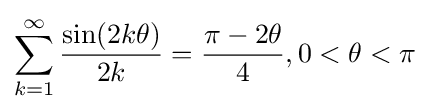
\sum _{k=1}^{\infty }{\frac {\sin(2k\theta )}{2k}}={\frac {\pi -2\theta }{4}},0<\theta <\pi